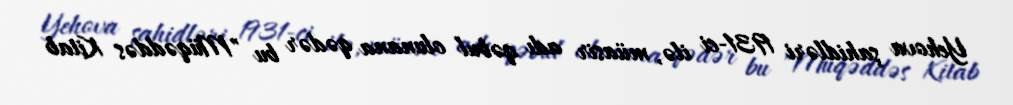
Yehova şahidləri 1931-ci ilə, müasir adı qəbul olunana qədər bu "Müqəddəs Kitab